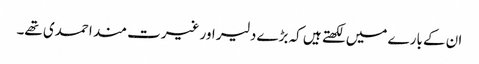
ان کے بارے میں لکھتے ہیں کہ بڑے دلیر اور غیرت مند احمدی تھے۔